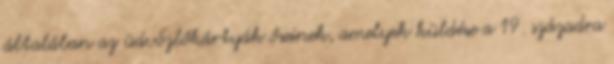
általában az üdvözlőkártyák őseinek, amelyek küldése a 19. századra